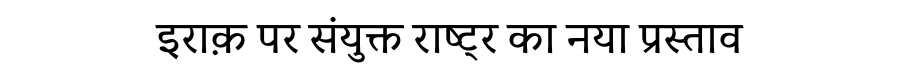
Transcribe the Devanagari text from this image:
इराक़ पर संयुक्त राष्ट्र का नया प्रस्ताव